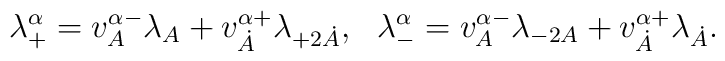
\lambda^\alpha _+=v^{\alpha -}_A\lambda_A+v^{\alpha+}_{\dot A}\lambda_{+2\dot A},\ \ \lambda^\alpha _-=v^{\alpha -}_A\lambda_{-2A}+v^{\alpha+}_{\dot A}\lambda_{\dot A}.